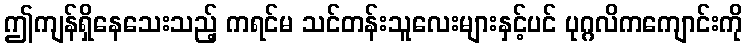
ဤကျန်ရှိနေသေးသည့် ကရင်မ သင်တန်းသူလေးများနှင့်ပင် ပုဂ္ဂလိကကျောင်းကို